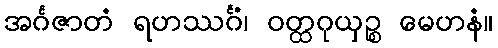
အင်္ဂဇာတံ ရဟဿင်္ဂံ၊ ဝတ္ထဂုယှဉ္စ မေဟနံ။